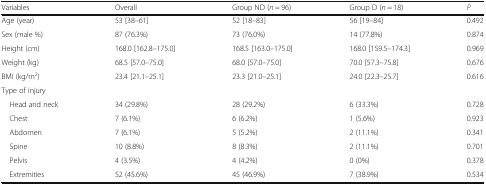
<table><thead><tr><td><b>Variables</b></td><td><b>Overall</b></td><td><b>Group ND (<i>n</i> = 96)</b></td><td><b>Group D (<i>n</i> = 18)</b></td><td><b><i>P</i></b></td></tr></thead><tbody><tr><td>Age (year)</td><td>53 [38–61]</td><td>52 [18–83]</td><td>56 [19–84]</td><td>0.492</td></tr><tr><td>Sex (male %)</td><td>87 (76.3%)</td><td>73 (76.0%)</td><td>14 (77.8%)</td><td>0.874</td></tr><tr><td>Height (cm)</td><td>168.0 [162.8–175.0]</td><td>168.5 [163.0–175.0]</td><td>168.0 [159.5–174.3]</td><td>0.969</td></tr><tr><td>Weight (kg)</td><td>68.5 [57.0–75.0]</td><td>68.0 [57.0–75.0]</td><td>70.0 [57.3–75.8]</td><td>0.676</td></tr><tr><td>BMI (kg/m<sup>2</sup>)</td><td>23.4 [21.1–25.1]</td><td>23.3 [21.0–25.1]</td><td>24.0 [22.3–25.7]</td><td>0.616</td></tr><tr><td colspan="5">Type of injury</td></tr><tr><td> Head and neck</td><td>34 (29.8%)</td><td>28 (29.2%)</td><td>6 (33.3%)</td><td>0.728</td></tr><tr><td> Chest</td><td>7 (6.1%)</td><td>6 (6.2%)</td><td>1 (5.6%)</td><td>0.923</td></tr><tr><td> Abdomen</td><td>7 (6.1%)</td><td>5 (5.2%)</td><td>2 (11.1%)</td><td>0.341</td></tr><tr><td> Spine</td><td>10 (8.8%)</td><td>8 (8.3%)</td><td>2 (11.1%)</td><td>0.701</td></tr><tr><td> Pelvis</td><td>4 (3.5%)</td><td>4 (4.2%)</td><td>0 (0%)</td><td>0.378</td></tr><tr><td> Extremities</td><td>52 (45.6%)</td><td>45 (46.9%)</td><td>7 (38.9%)</td><td>0.534</td></tr></tbody></table>